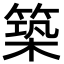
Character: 築